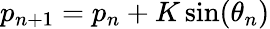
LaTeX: p_{n+1}=p_{n}+K\sin(\theta_{n})